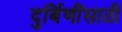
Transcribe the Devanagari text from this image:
दुर्बिणींसाठी